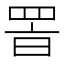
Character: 𦊸